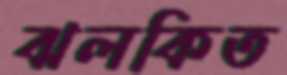
ঝলকিত